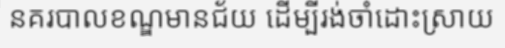
នគរបាលខណ្ឌមានជ័យ ដើម្បីរង់ចាំដោះស្រាយ